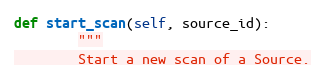
Language: Python
def start_scan(self, source_id):
        """
        Start a new scan of a Source.